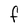
Character: F